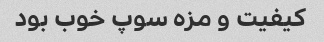
کیفیت و مزه سوپ خوب بود